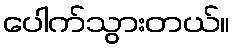
ပေါက်သွားတယ်။